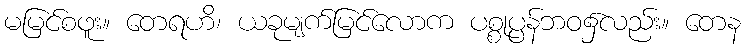
မမြင်စဖူး။ တေရဟိ၊ ယခုမျက်မြင်လောက ပစ္စုပ္ပန်ဘဝ၌လည်း။ တေန